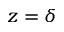
z = \delta